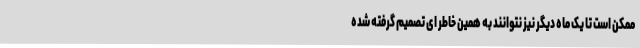
ممکن است تا یک ماه دیگر نیز نتوانند به همین خاطر ای تصمیم گرفته شده